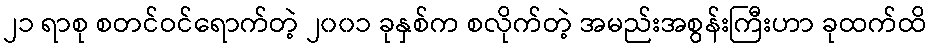
၂၁ ရာစု စတင်ဝင်ရောက်တဲ့ ၂၀၀၁ ခုနှစ်က စလိုက်တဲ့ အမည်းအစွန်းကြီးဟာ ခုထက်ထိ